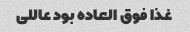
غذا فوق العاده بود عاللی